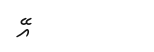
އޭ